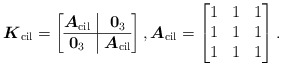
\begin{gather*}\boldsymbol{K}_{\rm cil}=\left[\begin{array}{@{}c|c@{}}\boldsymbol{A}_{\rm cil} &\boldsymbol{0}_3 \\ \hline \boldsymbol{0}_3&\boldsymbol{A}_{\rm cil}\\ \end{array}\right ] , \boldsymbol{A}_{\rm cil}=\left[\begin{matrix}1&1&1\\1&1&1\\1&1&1\end{matrix}\right ] .\end{gather*}